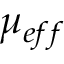
\mu _ { e f f }